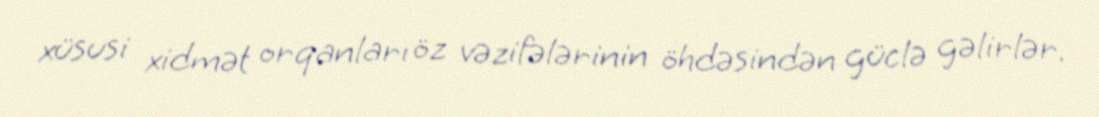
xüsusi xidmət orqanları öz vəzifələrinin öhdəsindən güclə gəlirlər.